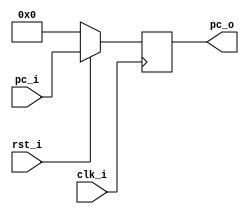
/***************************************************
Student Name:  Ia
Student ID: 0816137 0716241
***************************************************/

`timescale 1ns/1ps

module ProgramCounter(
    input				clk_i,
	input 				rst_i,
	input	   [32-1:0] pc_i,
	output reg [32-1:0] pc_o
	);
 
always @(posedge clk_i) begin
    if(~rst_i)
	    pc_o <= 0;
	else
	    pc_o <= pc_i;
end

endmodule